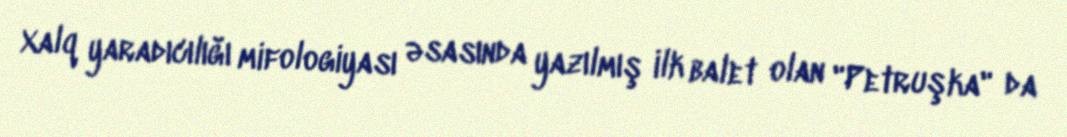
Xalq yaradıcılığı mifologiyası əsasında yazılmış ilk balet olan "Petruşka" da